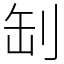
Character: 㓡